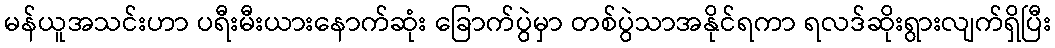
မန်ယူအသင်းဟာ ပရီးမီးယားနောက်ဆုံး ခြောက်ပွဲမှာ တစ်ပွဲသာအနိုင်ရကာ ရလဒ်ဆိုးရွားလျက်ရှိပြီး